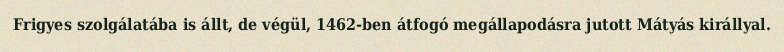
Frigyes szolgálatába is állt, de végül, 1462-ben átfogó megállapodásra jutott Mátyás királlyal.